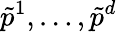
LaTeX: \tilde{p}^{1},\ldots,\tilde{p}^{d}